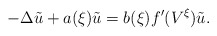
\begin{align*}-\Delta\tilde{u}+a(\xi)\tilde{u}=b(\xi)f^{\prime}(V^{\xi})\tilde{u}.\end{align*}